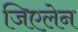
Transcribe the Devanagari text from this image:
जिएलेन